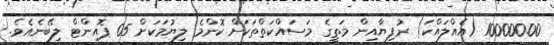
100000.00 (އެއްލައްކަ) ރުފިޔާއިން މަތީގެ މަސައްކަތްތަކަށް ކޮންމެ ލިޔުމަކަށް 05 ޕޮއިންޓް ލިބޭނެއެވެ.